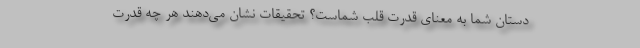
دستان شما به معنای قدرت قلب شماست؟ تحقیقات نشان می‌دهند هر چه قدرت